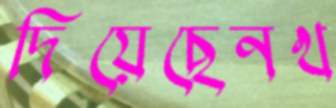
দিয়েছেনখ